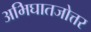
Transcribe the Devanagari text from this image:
अभिघातजोत्तर